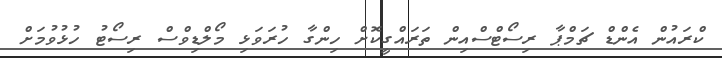
ކްރައުން އެންޑް ޗަމްޕާ ރިސޯޓްސްއިން ތަރައްގީކޮށް ހިންގާ ހުރަވަޅި މޯލްޑިވްސް ރިސޯޓު ހުޅުވުމަށް